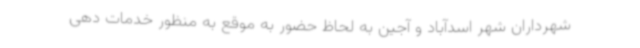
شهرداران شهر اسدآباد و آجین به لحاظ حضور به موقع به منظور خدمات دهی